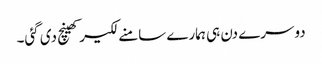
دوسرے دن ہی ہمارے سامنے لکیر کھینچ دی گئی۔